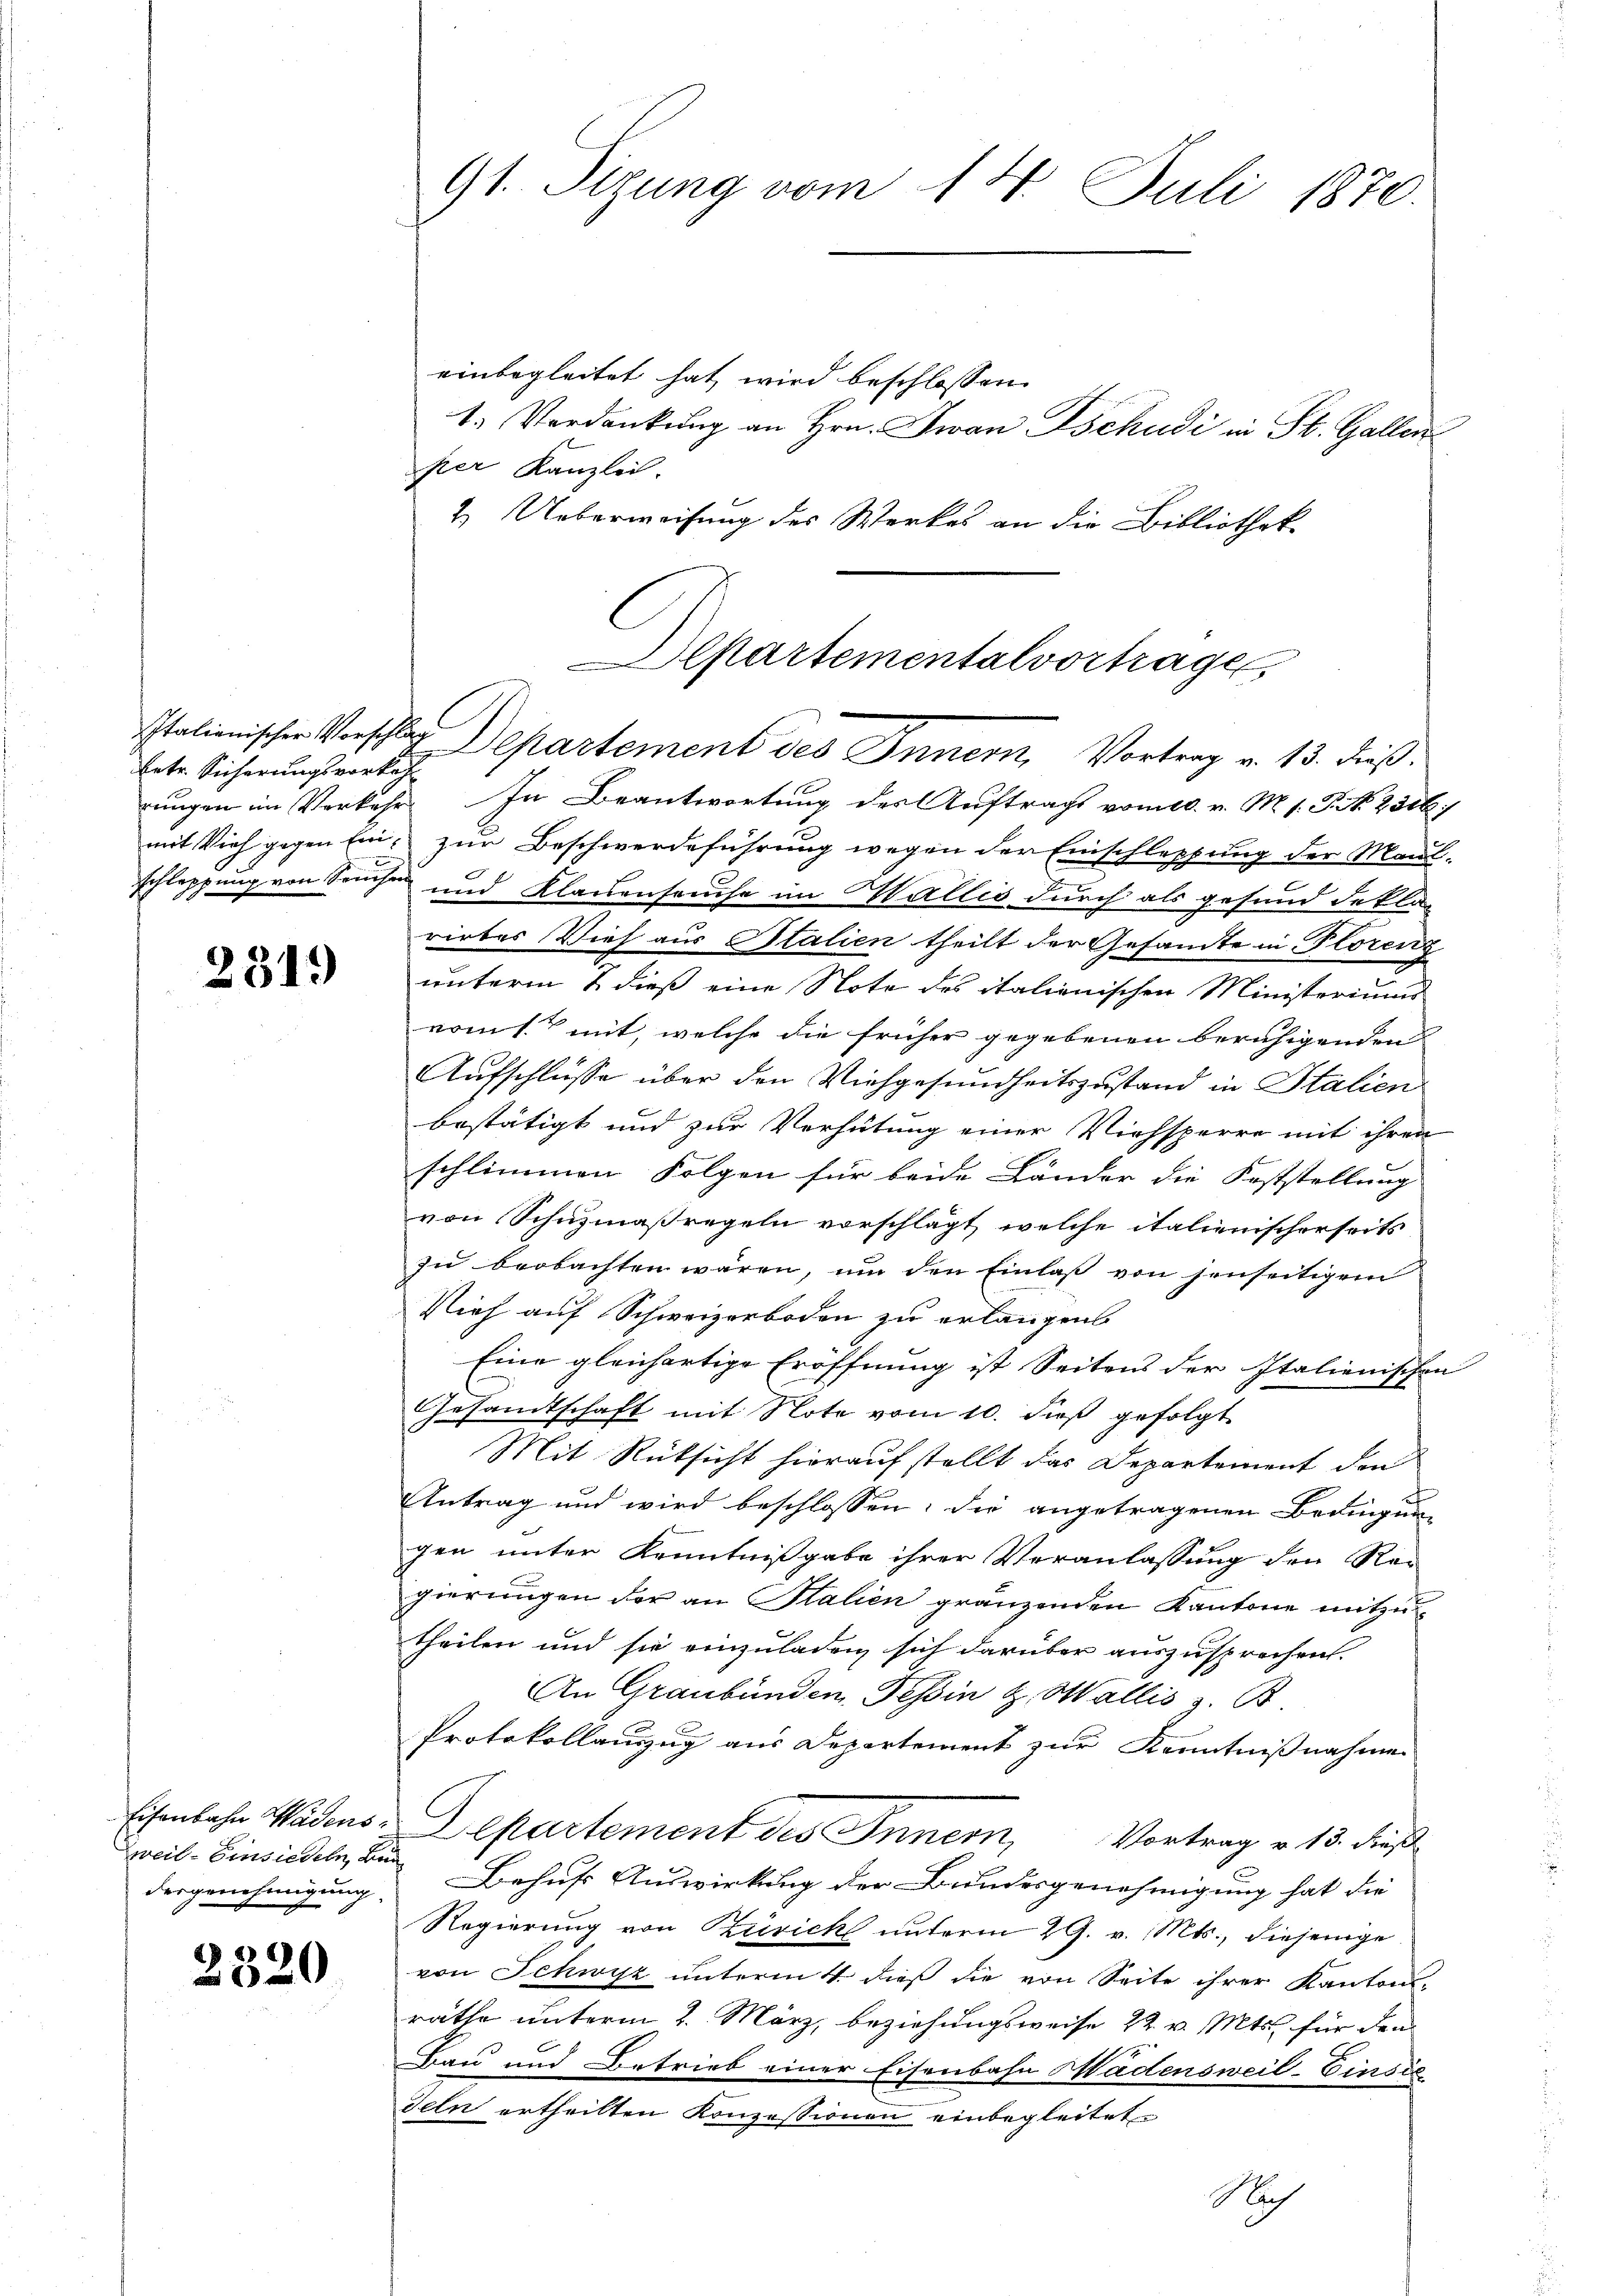
Eetr. Sicherungsvorkohl

2319

Zweib-Einsiedeln, Bau

2320

einbegleitet hat, wird beschlossen:
1. Verdankung an Hrn. Jwan Tschudi in St. Gallen
per Kanzlei.
2. Ueberweisung des Werkes an die Bibliothek-

91. Sizung vom 14. Juli 1870.

Departementalvortrage
Italienischen Vorschlag Departement des Innern, Vortrag v. 13. dieß:

rŭngen im Verkehr. In Beantwortung des Aŭftrag vom 10. v. M. s. Tit. 250
mit Vieh gegen Ein zur Beschwerdeführung wegen der Einschleppung der Maul-
schleppung von Seuchen und Klauenhause im Wallis durch als gesund dekla-
rirtes Vieh aus Italien theilt der Gesandte in Florenz
unterm 8. dieß eine Note des italienischen Ministeriums
vomt mit, welche die früher gegebenen beruhigenden
Aufschlusse über den Viehgesundheitszustand in Italien
bestätigt und zur Verhütung einer Viehsperre mit ihren
schlimmen Folgen für beide Länder die Feststellung
von Schuzmaßregeln vorschlägt, welche italienischerseits
zu beobachten wären, um den Einlaß von jenseitigem
Vieh auf Schweizerboden zu erlangen
Eine gleichartige Eröffnung ist Seitens der Italienischen
Gesandtschaft mit Note vom 10. dieß gefolgt
Mit Rücksicht hieraufstellt das Departement den
Antrag und wird beschlossen: die angetragenen Bedingun-
gen unter Kenntnißgabe ihrer Veranlassung den Rei
gierungen der an Stalien gränzenden Kantone mitzun
theilen und sie einzuladen sich darüber auszusprechen.
An Graubünden, Tessin z. Wallis z. B.
Protokollauszug aus Departement zur Kenntnißnahme
Eisenbahn Wädens-Departement des Innern, Vortrag v. 13. dieß
dergenehmigung Behufs Auswirkung der Bundesgenehmigung hat die
Regierung von Zürich unterm 29. v. Mts., diejenige
von Schwyz unterm 4. dieß die von Seite ihrer Kantons-
räthe unterm 2. März, beziehungsweise 22. v. Mts. für den
Bau und Betrieb einer Eisenbahn Wädensweil-Einsic
deln ertheilten Konzessionen einbegleitet.
Nch